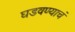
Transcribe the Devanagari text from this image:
घडवण्याचं